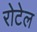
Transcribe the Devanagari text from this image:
रोटेल